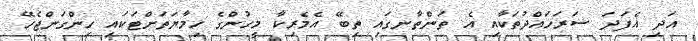
އަދި އެފަދަ ސަރަހައްދުތަކާއި އެ ތަންތާނގައި ތިބޭ އެމެރިކާ މީހުންގެ ހިމާޔަތަށްޓަކައި ހިންގަންޖެހޭ